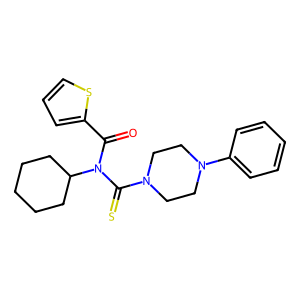
SMILES: O=C(c1cccs1)N(C(=S)N1CCN(c2ccccc2)CC1)C1CCCCC1
Inhibits HIV replication: No